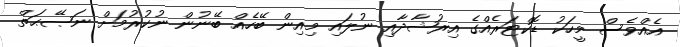
އެއްވެސް މީހަކު ޑޮކްޓަރެއްގެ އިރުޝާދާއި ނުލައި މިއިން ބޭހެއް ބޭނުން ނުކުރުމަށް ނަޞޭޙަތް